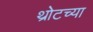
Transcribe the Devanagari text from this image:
थ्रोटच्या